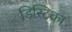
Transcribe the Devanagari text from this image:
डिस्टिका